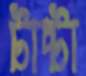
টাচ্টা